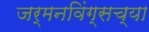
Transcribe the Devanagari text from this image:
जर्मनविंग्सच्या